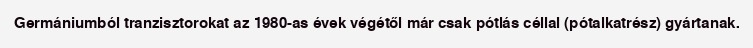
Germániumból tranzisztorokat az 1980-as évek végétől már csak pótlás céllal (pótalkatrész) gyártanak.